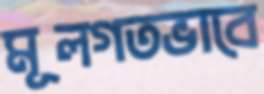
মূলগতভাবে